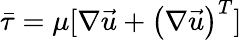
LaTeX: \bar{\tau}=\mu[\nabla\vec{u}+{\left(\nabla\vec{u}\right)}^{T}]